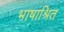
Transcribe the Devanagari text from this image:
भाषाश्रित